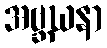
အဗ္ဘဃနာ